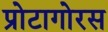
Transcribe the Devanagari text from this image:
प्रोटागोरस